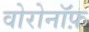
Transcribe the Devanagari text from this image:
वोरोनॉफ़